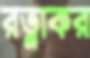
রত্নাকর